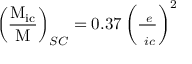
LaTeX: \operatorname { \left( { \frac { \operatorname { M } _ { i c } } { M } } \right) } _ { S C } = 0 . 3 7 \left( { \frac { \operatorname { \mu } _ { e } } { \operatorname { \mu } _ { i c } } } \right) ^ { 2 }